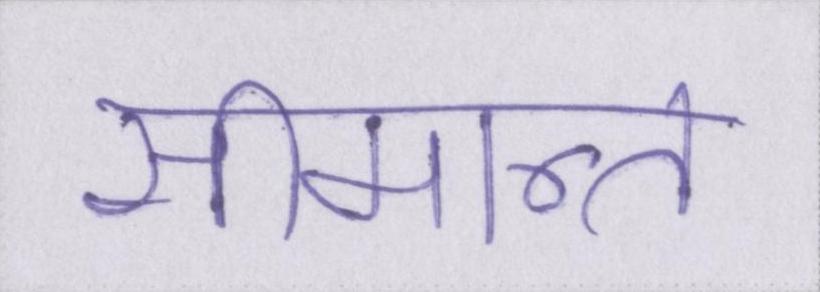
सीमान्त